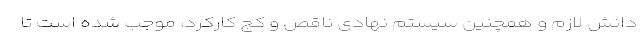
دانش لازم و همچنین سیستم نهادی ناقص و کج کارکرد، موجب شده است تا